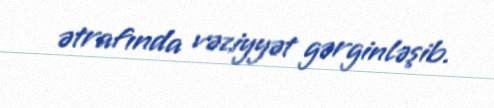
ətrafında vəziyyət gərginləşib.